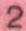
2